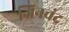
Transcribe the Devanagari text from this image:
जिनचंद्र